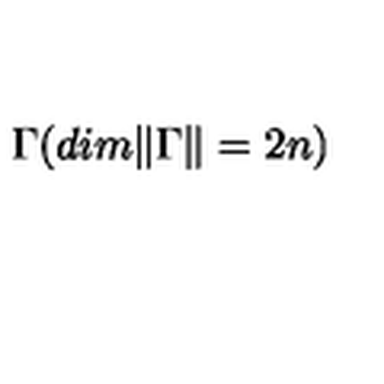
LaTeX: { \Gamma } ( d i m \Vert \Gamma \Vert = 2 n )